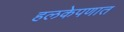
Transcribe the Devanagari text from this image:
हलकेपणात